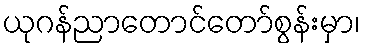
ယုဂန်ညာတောင်တော်စွန်းမှာ၊